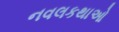
નવલકથાઓ